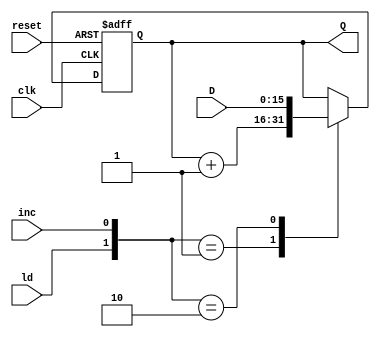
`timescale 1ns / 1ps
//////////////////////////////////////////////////////////////////////////////////
// Company: 
// Engineer: 
// 
// Design Name: 
// Module Name:    reg_16 
// Project Name: 
// Target Devices: 
// Tool versions: 
// Description: 
//
// Dependencies: 
//
// Revision: 
// Revision 0.01 - File Created
// Additional Comments: 
//
//////////////////////////////////////////////////////////////////////////////////
module reg_16( clk, reset, ld, inc, D, Q );

	input             clk, reset, ld, inc;
	input      [15:0] D;
	output reg [15:0] Q;
	
	always @( posedge clk, posedge reset )
	begin

		if( reset == 1'b1 )
			Q <= 16'h0000;

		else
			case( { ld, inc } )

				2'b01:   Q <= Q + 16'b1;
				2'b10:   Q <= D;
				default: Q <= Q;

			endcase

	end

endmodule